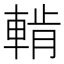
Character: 𨌳